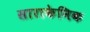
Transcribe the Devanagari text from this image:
साराकेनिक